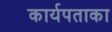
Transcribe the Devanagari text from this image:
कार्यपताका